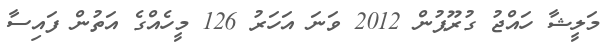
މަލީޝާ ހައްޖު ގުރޫޕުން 2012 ވަނަ އަހަރު 126 މީހެއްގެ އަތުން ފައިސާ